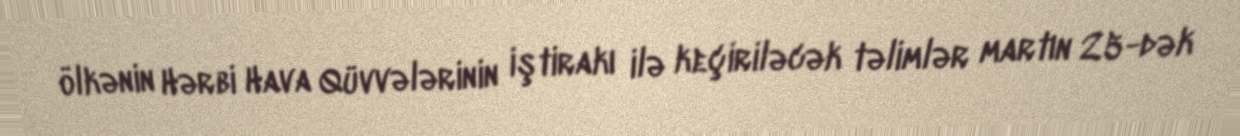
ölkənin Hərbi Hava Qüvvələrinin iştirakı ilə keçiriləcək təlimlər martın 25-dək